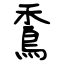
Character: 穒